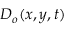
D _ { o } ( x , y , t )